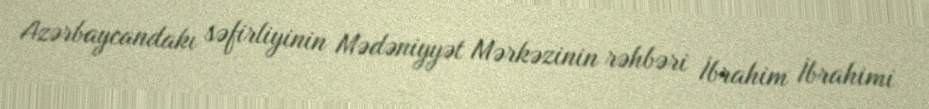
Azərbaycandakı səfirliyinin Mədəniyyət Mərkəzinin rəhbəri İbrahim İbrahimi